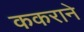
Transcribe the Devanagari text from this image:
ककराने